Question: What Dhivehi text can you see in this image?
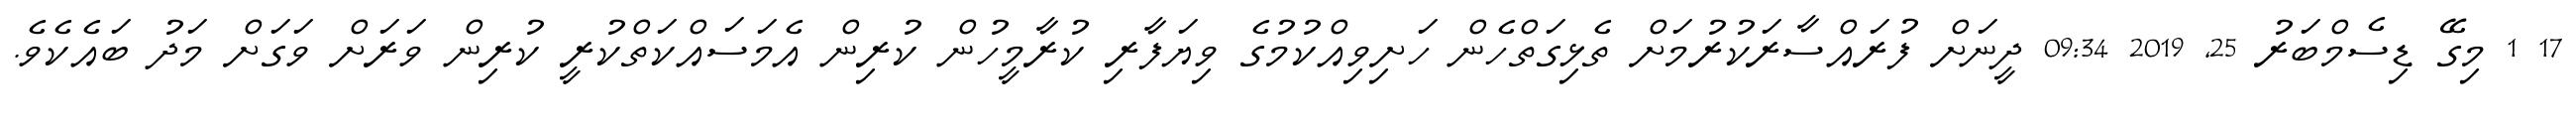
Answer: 17 1 މިގޭ ޑިސެމްބަރު 25, 2019 09:34 ދީނަށް ފުރައްސާރަކުރުމަށް ތެޅިގަތްހެން ހަށިވިއްކުމުގެ ވިޔަފާރި ކުރާމީހުން ކުރިން އެމަސައްކަތްކުރީ ކުރިން ވަރަށް ވަގަށް މަދު ބައެކެވެ.